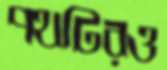
পথটিরও